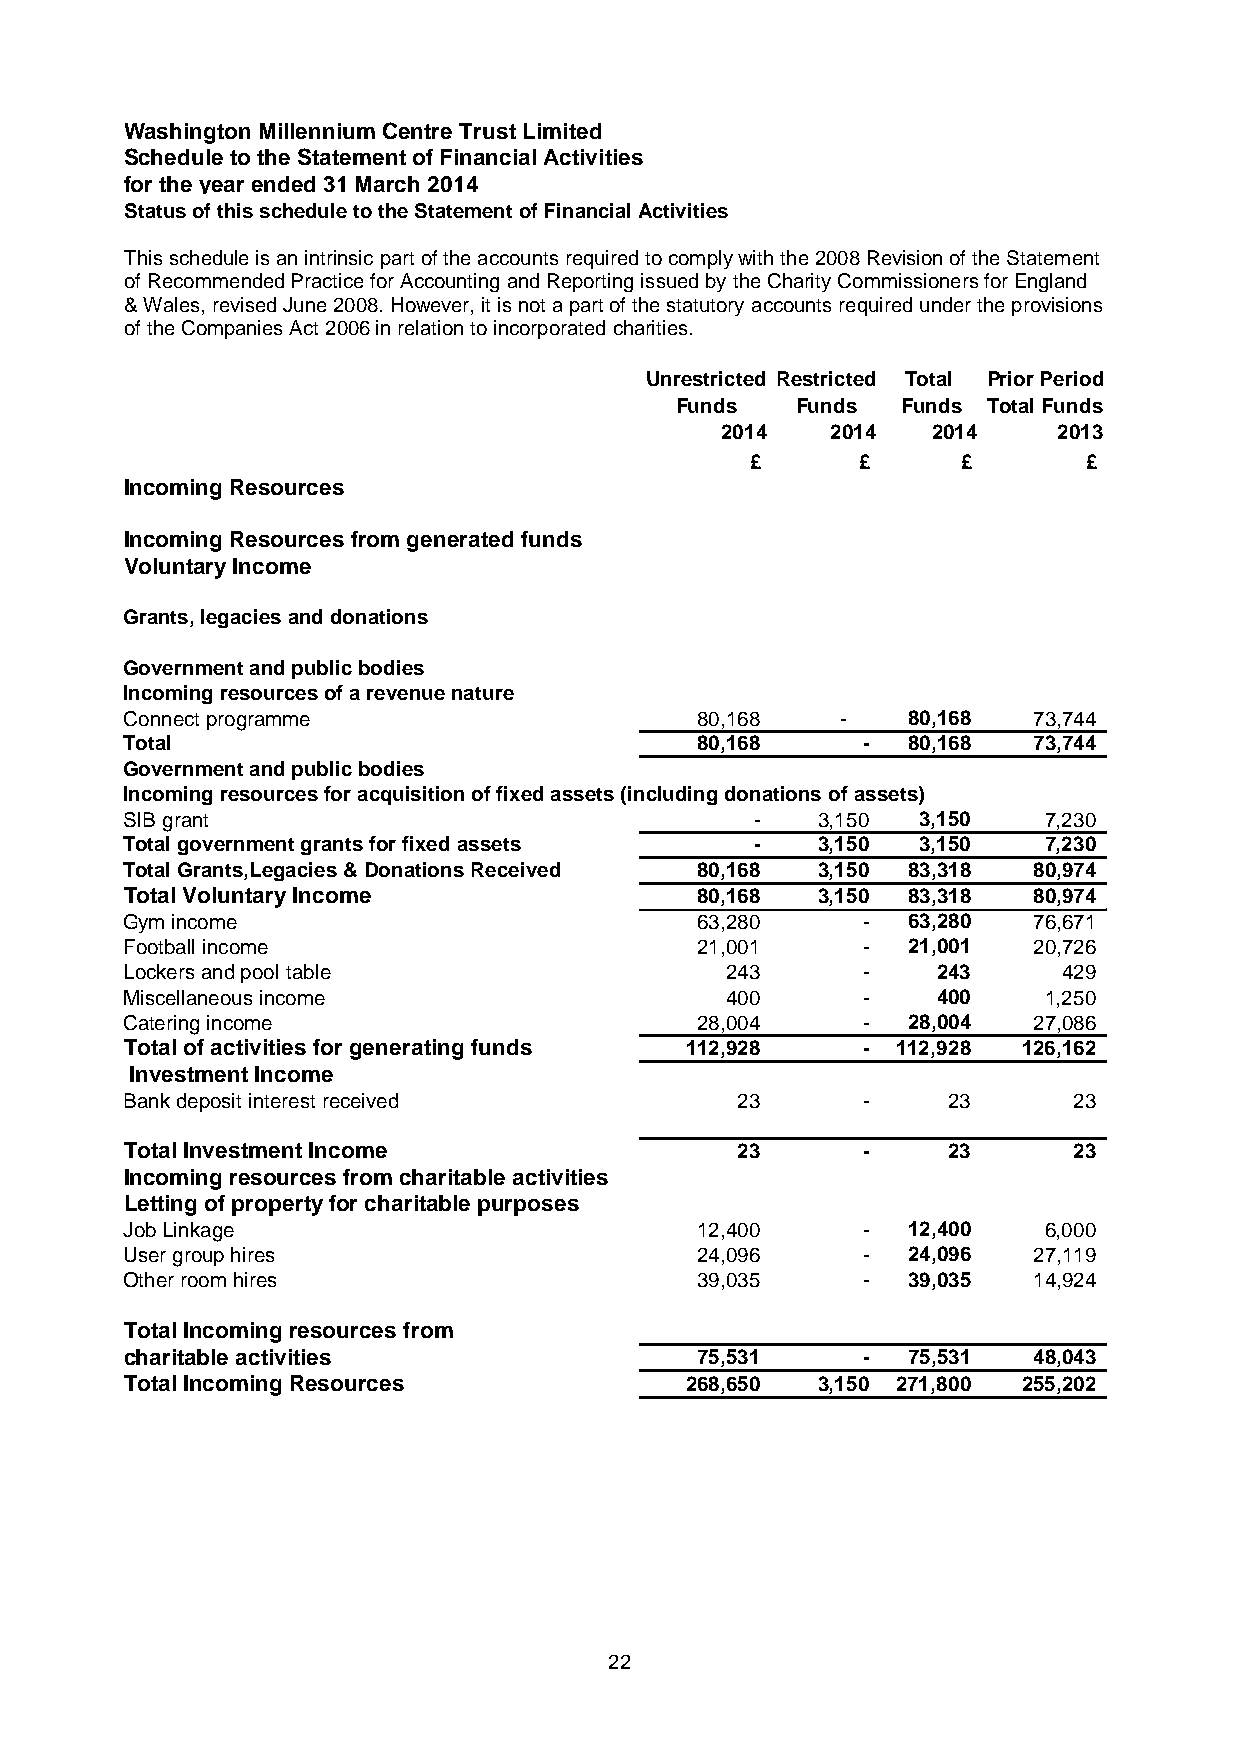
Washington Millennium Centre Trust Limited
 Schedule to the Statement of Financial Activities
 for the year ended 31 March 2014
 Status of this schedule to the Statement of Financial Activities
 This schedule is an intrinsic part of the accounts required to comply with the 2008 Revision of the Statement
 of Recommended Practice for Accounting and Reporting issued by the Charity Commissioners for England
 & Wales, revised June 2008. However, it is not a part of the statutory accounts required under the provisions
 of the Companies Act 2006 in relation to incorporated charities.
 Unrestricted Restricted Total Prior Period
 Funds   Funds  Funds Total Funds
 2014   2014   2014    2013
 £      £      £       £
 Incoming Resources
 Incoming Resources from generated funds
 Voluntary Income
 Grants, legacies and donations
 Government and public bodies
 Incoming resources of a revenue nature
 Connect programme                     80,168    -   80,168  73,744
 Total                                 80,168     -  80,168  73,744
 Government and public bodies
 Incoming resources for acquisition of fixed assets (including donations of assets)
 SIB grant                                 -   3,150  3,150   7,230
 Total government grants for fixed assets  -   3,150  3,150   7,230
 Total Grants,Legacies & Donations Received 80,168 3,150 83,318 80,974
 Total Voluntary Income                80,168  3,150 83,318  80,974
 GAcymtv iitniecsomfoergeneratingfundsnotanalysed elsewhere 63,280 - 63,280 76,671
 Football income                       21,001     -  21,001  20,726
 Lockers and pool table                  243      -    243     429
 Miscellaneous income                    400      -    400    1,250
 Catering income                       28,004     -  28,004  27,086
 Total of activities for generating funds 112,928 - 112,928  126,162
 Investment Income
 Bank deposit interest received           23      -     23      23
 Total Investment Income                  23      -     23      23
 IInnccoommininggr eressoourucrecsefsr ofmromch acrhitaarbitleabalceti vaictiteivsities
 Letting of property for charitable purposes
 Job Linkage                           12,400     -  12,400   6,000
 User group hires                      24,096     -  24,096  27,119
 Other room hires                      39,035     -  39,035  14,924
 Total Incoming resources from
 charitable activities                 75,531     -  75,531  48,043
 Total Incoming Resources             268,650  3,150 271,800 255,202
 22